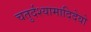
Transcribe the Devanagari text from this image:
चतुर्दश्यामादिदेवो